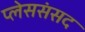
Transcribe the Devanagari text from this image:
प्लेससंसद